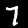
Digit: 7